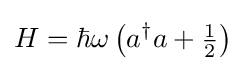
H=\hbar \omega \left(a^{\dagger }a+{\tfrac {1}{2}}\right)